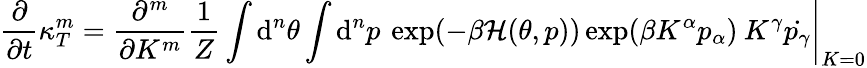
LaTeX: \frac{\partial}{\partial t}\kappa_{T}^{m}=\left.\frac{\partial^{m}}{\partial K^{m}}\frac{1}{Z}\int\mathrm{d}^{n}\theta\int\mathrm{d}^{n}p\: \exp(-\beta\mathcal{H}(\theta,p))\exp(\beta K^{\alpha}p_{\alpha})\: K^{\gamma}\dot{p_{\gamma}}\right|_{K=0}